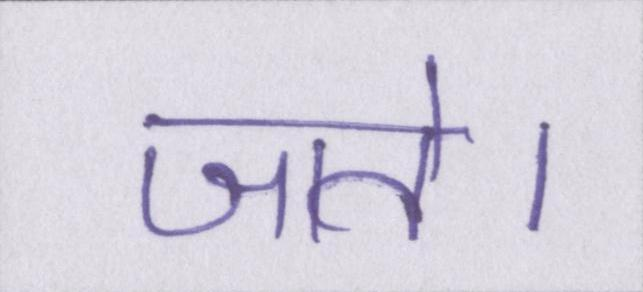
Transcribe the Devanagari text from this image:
जाते।